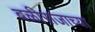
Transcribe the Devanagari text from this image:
बळीराजाच्या